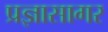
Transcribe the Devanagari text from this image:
प्रज्ञासागर